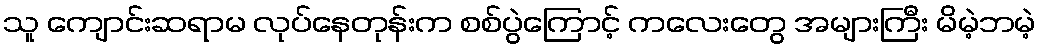
သူ ကျောင်းဆရာမ လုပ်နေတုန်းက စစ်ပွဲကြောင့် ကလေးတွေ အများကြီး မိမဲ့ဘမဲ့